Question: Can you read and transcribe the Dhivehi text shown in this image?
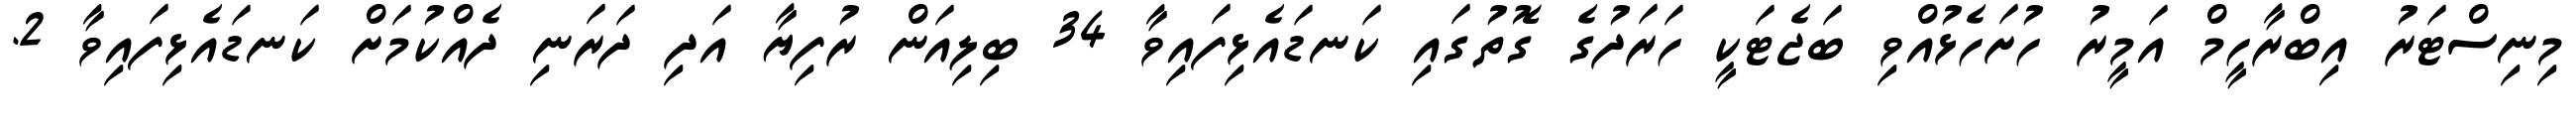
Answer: މިނިސްޓަރު އިބްރާހީމް އަމީރު ހުށަހެޅުއްވި ބަޖެޓަކީ ހަރަދުގެ ގޮތުގައި ކަނޑައެޅިފައިވާ 34 ބިލިއަން ރުފިޔާ އަދި ދަރަނި ދެއްކުމަށް ކަނޑައެޅިފައިވާ 2.